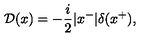
{ \cal D } ( x ) = - \frac { i } { 2 } | x ^ { - } | \delta ( x ^ { + } ) ,